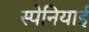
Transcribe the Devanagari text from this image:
स्‍पेनियाई